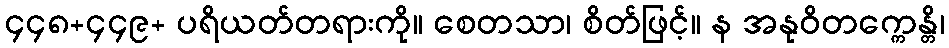
၄၄၈+၄၄၉+ ပရိယတ်တရားကို။ စေတသာ၊ စိတ်ဖြင့်။ န အနုဝိတက္ကေန္တိ၊